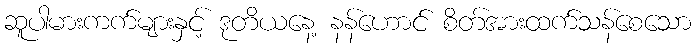
ဆူပါမားကက်များနှင့် ဒုတိယနေ့ နန်ဟောင် စိတ်အားထက်သန်စေသော